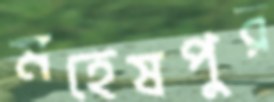
মহেষপুর